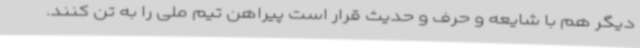
دیگر هم با شایعه و حرف‌ و حدیث قرار است پیراهن تیم ملی را به تن کنند.